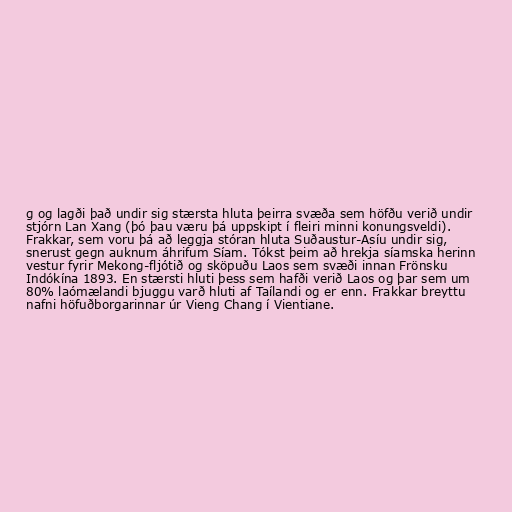
g og lagði það undir sig stærsta hluta þeirra svæða sem höfðu verið undir
stjórn Lan Xang (þó þau væru þá uppskipt í fleiri minni konungsveldi).
Frakkar, sem voru þá að leggja stóran hluta Suðaustur-Asíu undir sig,
snerust gegn auknum áhrifum Síam. Tókst þeim að hrekja síamska herinn
vestur fyrir Mekong-fljótið og sköpuðu Laos sem svæði innan Frönsku
Indókína 1893. En stærsti hluti þess sem hafði verið Laos og þar sem um
80% laómælandi bjuggu varð hluti af Taílandi og er enn. Frakkar breyttu
nafni höfuðborgarinnar úr Vieng Chang í Vientiane.